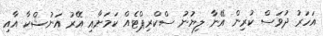
އަހަރު ދުވަސް ކުރިން އޭނާ ލިޔުނު ސްކްރިޕްޓެއްް ކަމަށާއި އޭރު އަނުޝްކާ އާއި